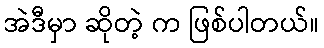
အဲဒီမှာ ဆိုတဲ့ က ဖြစ်ပါတယ်။